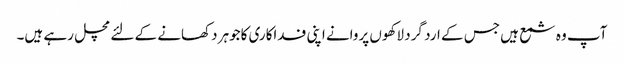
آپ وہ شمع ہیں جس کے ارد گرد لاکھوں پروانے اپنی فداکاری کاجوہر دکھانے کے لئے مچل رہے ہیں۔